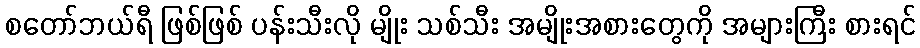
စတော်ဘယ်ရီ ဖြစ်ဖြစ် ပန်းသီးလို မျိုး သစ်သီး အမျိုးအစားတွေကို အများကြီး စားရင်